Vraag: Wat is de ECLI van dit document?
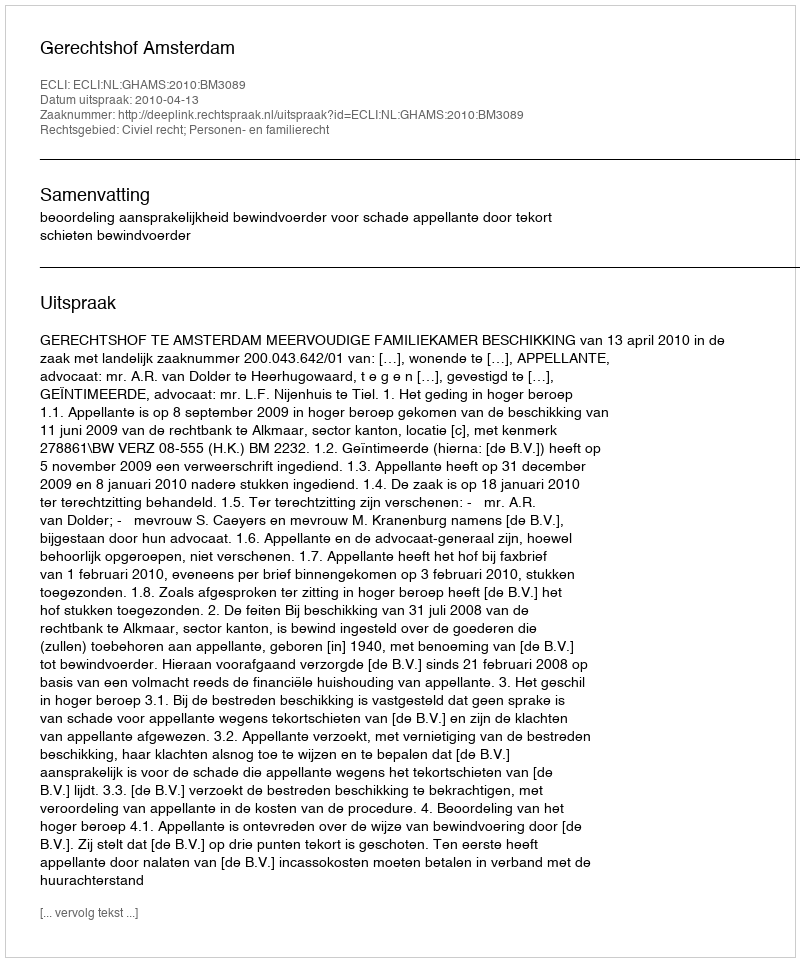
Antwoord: ECLI:NL:GHAMS:2010:BM3089